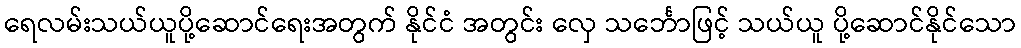
ရေလမ်းသယ်ယူပို့ဆောင်ရေးအတွက် နိုင်ငံ အတွင်း လှေ သင်္ဘောဖြင့် သယ်ယူ ပို့ဆောင်နိုင်သော